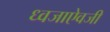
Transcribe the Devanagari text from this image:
ध्वजाऐवजी